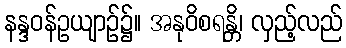
နန္ဒဝန်ဥယျာဉ်၌။ အနုဝိစရန္တိ၊ လှည့်လည်